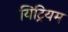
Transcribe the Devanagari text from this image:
यिट्रियम